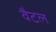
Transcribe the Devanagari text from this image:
वैटल